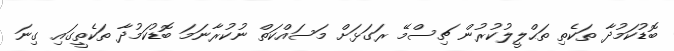
ބޮޑުކަމުދާ ތަކެތި ތަޙްލީލުކުރުން ޗިސްމޭ ރަގަޅަށް މަސައްކަތް ނުކުރާނަމަ ބޮޑުކަމުދާ ތަކެތީގައި ގިނަ